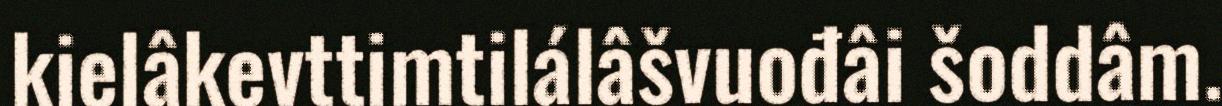
kielâkevttimtilálâšvuođâi šoddâm.